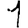
Digit: 1